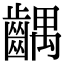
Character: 齵